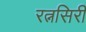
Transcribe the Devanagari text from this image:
रत्नसिरी